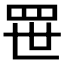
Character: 𬙚